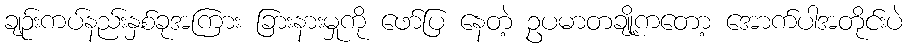
ချဉ်းကပ်နည်းနှစ်ခုအကြား ခြားနားမှုကို ဖော်ပြ နေတဲ့ ဥပမာတချို့ကတော့ အောက်ပါအတိုင်းပဲ